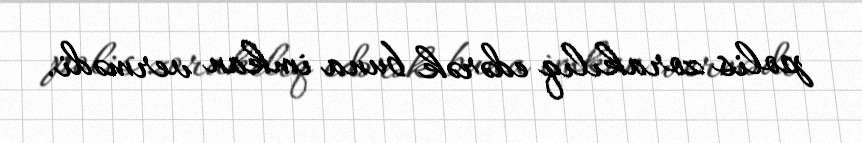
polis zorakılıq edərək buna imkan vermədi.